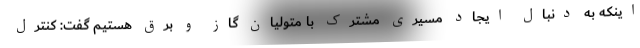
اینکه به دنبال ایجاد مسیری مشترک با متولیان گاز و برق هستیم گفت: کنترل